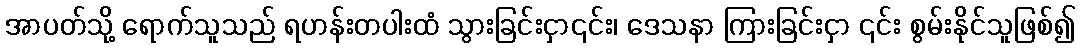
အာပတ်သို့ ရောက်သူသည် ရဟန်းတပါးထံ သွားခြင်းငှာ၎င်း၊ ဒေသနာ ကြားခြင်းငှာ ၎င်း စွမ်းနိုင်သူဖြစ်၍